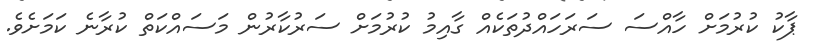
ޕާކު ކުރުމަށް ހާއްސަ ސަރަހައްދުތަކެއް ގާއިމު ކުރުމަށް ސަރުކާރުން މަސައްކަތް ކުރާނެ ކަމަށެވެ.